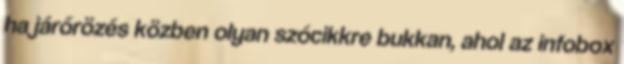
ha járőrözés közben olyan szócikkre bukkan, ahol az infobox